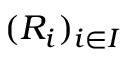
( R _ { i } ) _ { i \in I }